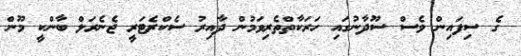
ގެ ސިފައިން ވެސް ސޫދާނުގައި ހަރަކާތްތެރިވަމުން ދާއިރު ސެކްރެޓަރީ ޖެނެރަލް ބާންކީ މޫން